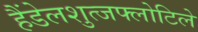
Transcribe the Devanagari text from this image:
हैंडेलशुत्जफ्लोटिले